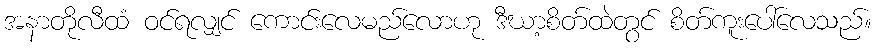
အနာတိုလီထံ ဝင်ရလျှင် ကောင်းလေမည်လောဟု ဒီဃာ့စိတ်ထဲတွင် စိတ်ကူးပေါ်လေသည်။